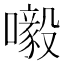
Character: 𡃀